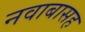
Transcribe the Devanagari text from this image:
नवाबासह